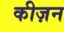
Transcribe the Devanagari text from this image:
कीज़न